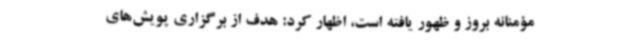
مؤمنانه بروز و ظهور یافته است، اظهار کرد: هدف از برگزاری پویش‌های